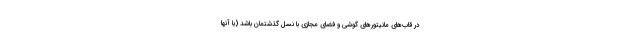
در قاب‌های مانیتورهای گوشی و فضای مجازی با نسل گذشتمان باشد (با آنها